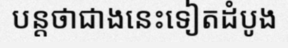
បន្តថាជាងនេះទៀតដំបូង